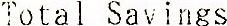
TOTAL SAVINGS